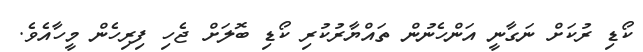
ކޯޑި ރުކަށް ނަގާނީ އަންހެނުން ތައްޔާރުކުރި ކޯޑި ބޮލަށް ޖެހި ފިރިހެން މީހާއެވެ.